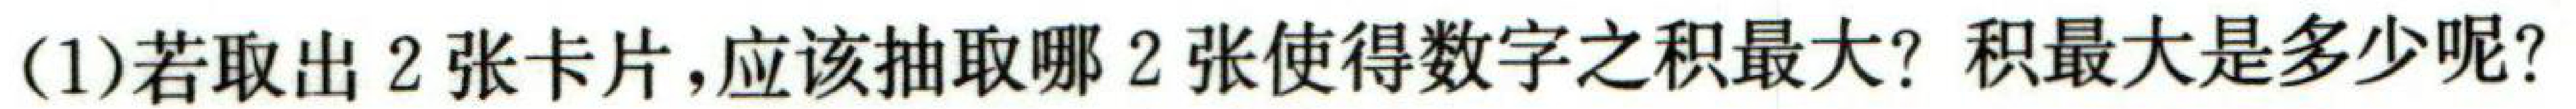
(1)若取出2张卡片，应该抽取哪2张使得数字之积最大？积最大是多少呢？